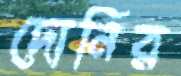
দোনির